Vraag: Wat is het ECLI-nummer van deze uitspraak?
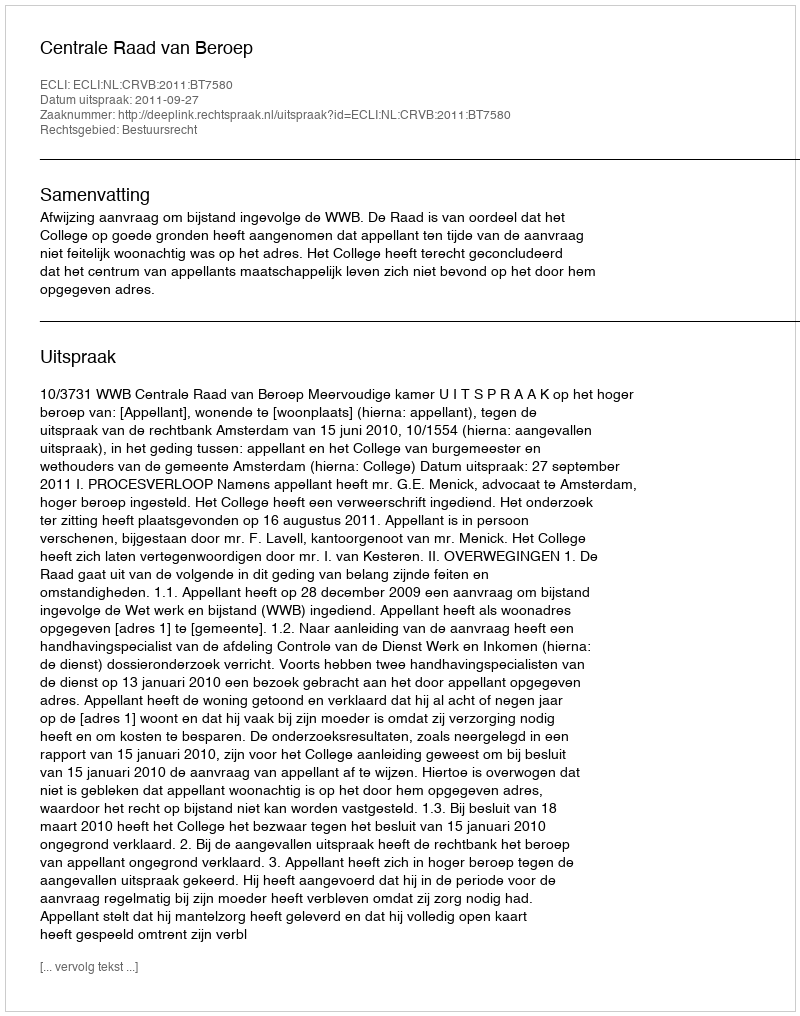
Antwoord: ECLI:NL:CRVB:2011:BT7580